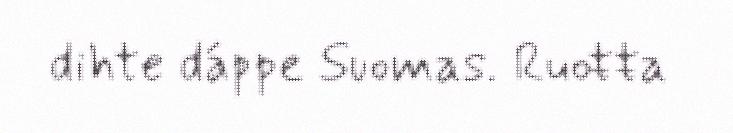
dihte dáppe Suomas. Ruoŧŧa